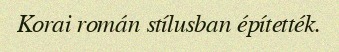
Korai román stílusban építették.